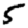
Digit: 5